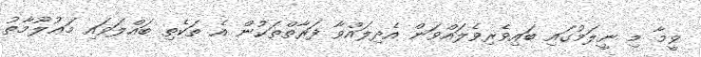
ވީމާ މި ނީލަމުގައި ބައިވެރިވެލައްވަން އެދިލައްވާ ފަރާތްތަކުން އެ ތަކެތި ބައްލަވައި މަޢުލޫމާތު